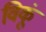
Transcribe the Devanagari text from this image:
विकूं